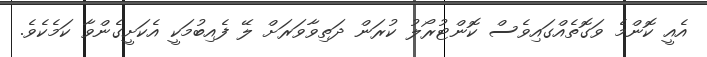
އެއީ ކޮންމެ ވަގޮތެއްގައިވެސް ކޮންޓުރޯލު ކުރަން ދަތިވާވަރަށް ލޭ ފެއިބުމަކީ އެކަށީގެންވާ ކަމެކެވެ.